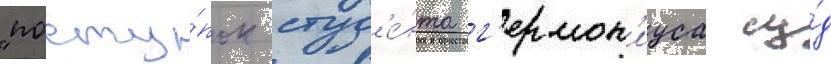
"посту́пок студ'е́нта г'ермон'иуса су́д